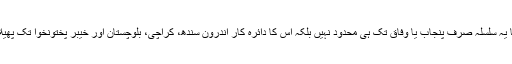
کرپشن کا یہ سلسلہ صرف پنجاب یا وفاق تک ہی محدود نہیں بلکہ اس کا دائرہ کار اندرون سندھ، کراچی، بلوچستان اور خیبر پختونخوا تک پھیلا ہوا ہے۔